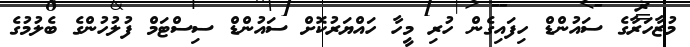
މުޒާހަރާގެ ސައުންޑް ހިފައިގެން ހުރި މީހާ ހައްޔަރުކޮށް ސައުންޑް ސިސްޓަމް ފުލުހުންގެ ބެލުމުގެ